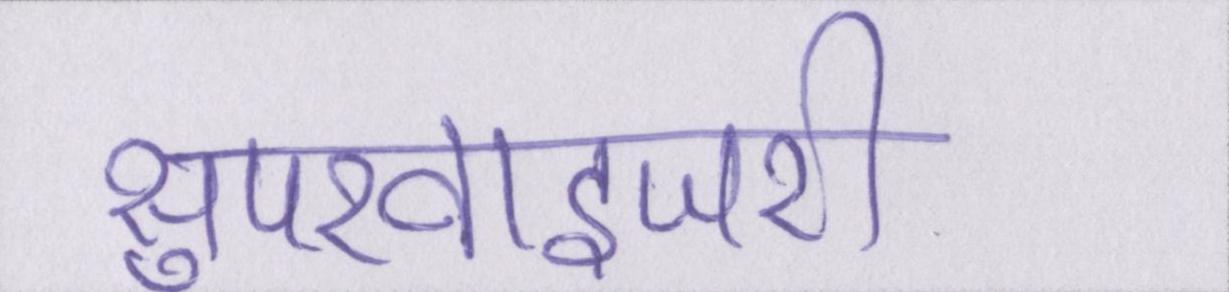
सुपरवाइजरी